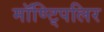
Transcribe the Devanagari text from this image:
मॉण्ट्पिलिर